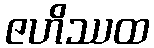
ဇဟိဿထ